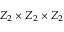
Z _ { 2 } \times Z _ { 2 } \times Z _ { 2 }